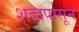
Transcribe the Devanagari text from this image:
शब्दपासून